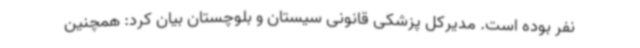
نفر بوده است. مدیرکل پزشکی قانونی سیستان و بلوچستان بیان کرد: همچنین